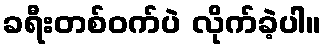
ခရီးတစ်ဝက်ပဲ လိုက်ခဲ့ပါ။